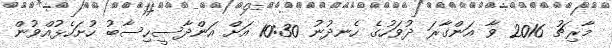
މާރިޗު 2016 ވާ އަންގާރަ ދުވަހުގެ ހެނދުނު 10:30 އަށް އަންދާސީހިސާބު ހުށަހެޅުއްވުން